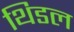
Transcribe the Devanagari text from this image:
थिडल